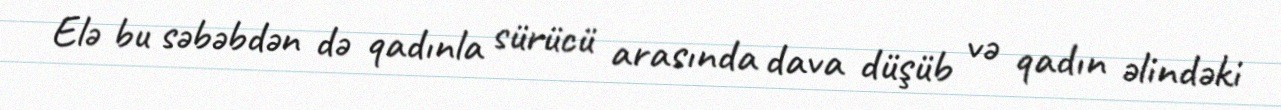
Elə bu səbəbdən də qadınla sürücü arasında dava düşüb və qadın əlindəki